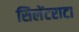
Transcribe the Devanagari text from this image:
सिलेंटराटा